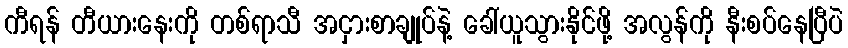
ကီရန် တီယားနေးကို တစ်ရာသီ အငှားစာချုပ်နဲ့ ခေါ်ယူသွားနိုင်ဖို့ အလွန်ကို နီးစပ်နေပြီပဲ